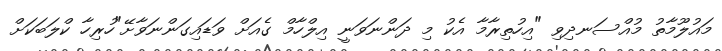
މައުލޫމާތު މުއްސަނދިވި "އިހުތިރާމާ އެކު މި ދަންނަވަނީ އިލްހާމް ގެއަށް ވަޑައިގަންނަވާށޭ"ހުރިހާ ކްލަބަކަށް